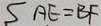
S A E = B F